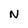
Character: N